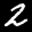
Label: 2